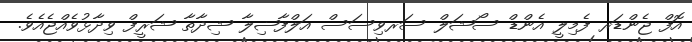
އޮފް ޖެންޑަރ ފެމިލީ އެންޑް ސޯޝަލް ސަރވިސަސް އަލްފާޟިލާ ޝިދާތާ ޝަރީފް ވިދާޅުވެއްޖެއެވެ.